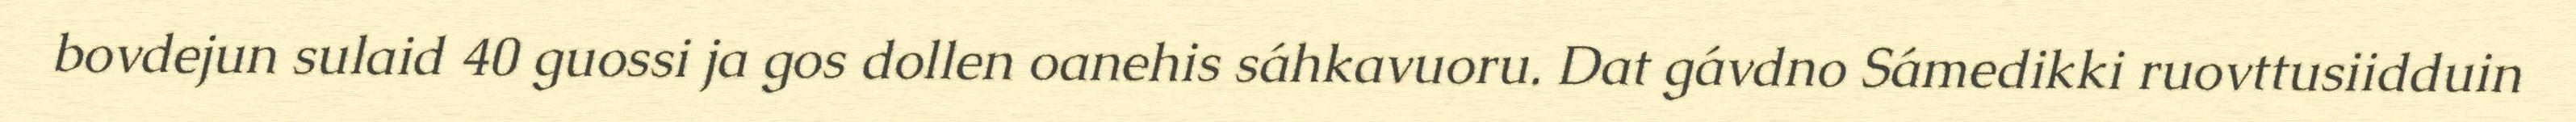
bovdejun sulaid 40 guossi ja gos dollen oanehis sáhkavuoru. Dat gávdno Sámedikki ruovttusiidduin